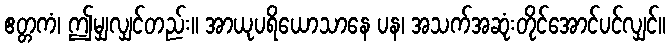
ဧတ္တကံ၊ ဤမျှလျှင်တည်း။ အာယုပရိယောသာနေ ပန၊ အသက်အဆုံးတိုင်အောင်ပင်လျှင်။